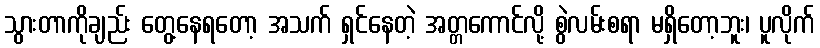
သွားတာကိုချည်း တွေ့နေရတော့ အသက် ရှင်နေတဲ့ အတ္တကောင်လို့ စွဲလမ်းစရာ မရှိတော့ဘူး၊ ပူလိုက်